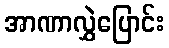
အာဏာလွှဲပြောင်း